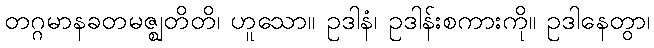
တဂ္ဂမာနခတမဇ္ဈတိတိ၊ ဟူသော။ ဥဒါနံ၊ ဥဒါန်းစကားကို။ ဥဒါနေတွာ၊